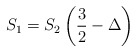
\begin{align*}S_{1}=S_{2}\left( \frac{3}{2}-\Delta \right) \end{align*}